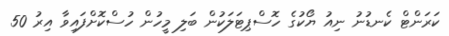
ކަރަންޓް ކެނޑުނު ނިއު ޔޯކުގެ ހޮސްޕިޓަލަކުން ބަލި މީހުން ހުސްކޮށްފައިވާ އިރު 50